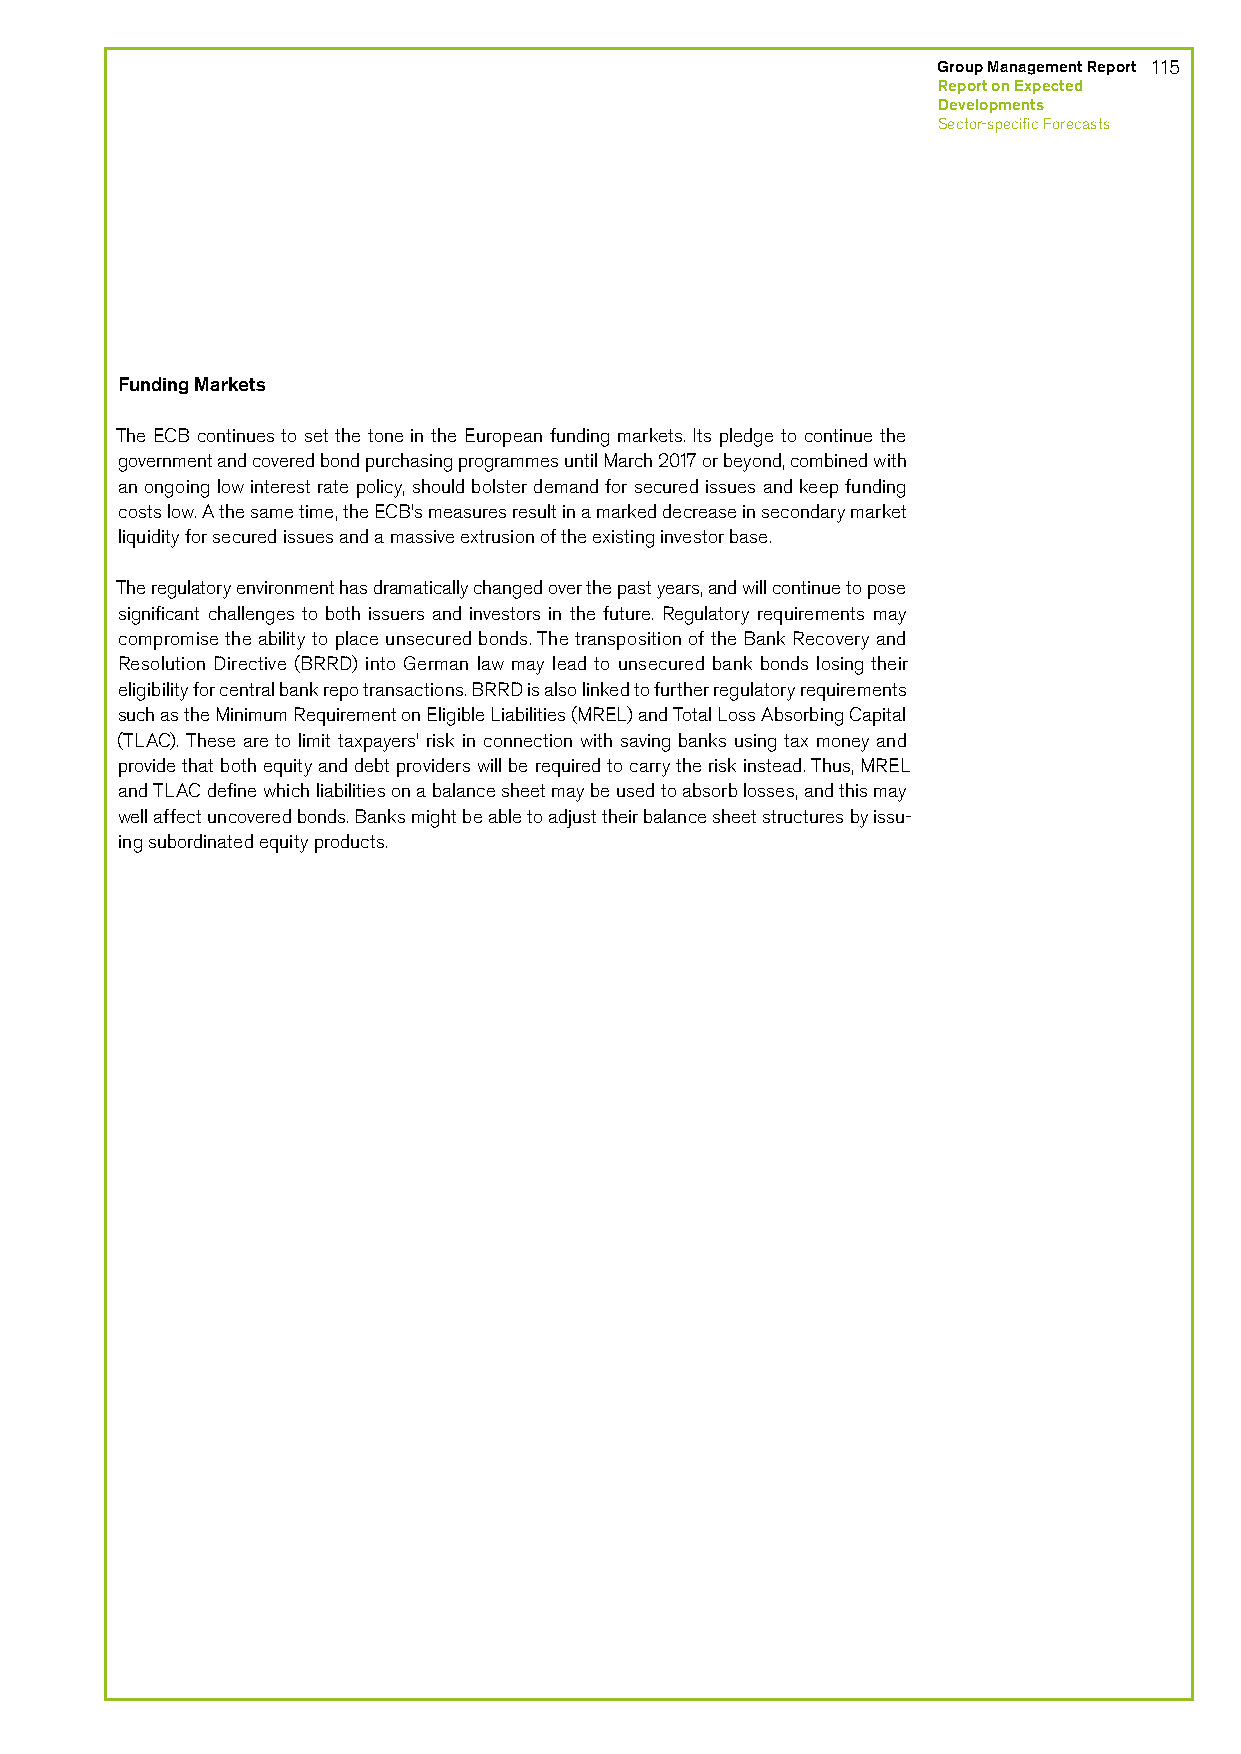
Group Management Report 115
 Report on Expected
 Developments
 Sector-specific Forecasts
 Funding Markets
 The ECB continues to set the tone in the European funding markets. Its pledge to continue the
 government and covered bond purchasing programmes until March 2017 or beyond, combined with
 an ongoing low interest rate policy, should bolster demand for secured issues and keep funding
 costs low. A the same time, the ECB’s measures result in a marked decrease in secondary market
 liquidity for secured issues and a massive extrusion of the existing investor base.
 The regulatory environment has dramatically changed over the past years, and will continue to pose
 significant challenges to both issuers and investors in the future. Regulatory requirements may
 compromise the ability to place unsecured bonds. The transposition of the Bank Recovery and
 Resolution Directive (BRRD) into German law may lead to unsecured bank bonds losing their
 eligibility for central bank repo transactions. BRRD is also linked to further regulatory requirements
 such as the Minimum Requirement on Eligible Liabilities (MREL) and Total Loss Absorbing Capital
 (TLAC). These are to limit taxpayers’ risk in connection with saving banks using tax money and
 provide that both equity and debt providers will be required to carry the risk instead. Thus, MREL
 and TLAC define which liabilities on a balance sheet may be used to absorb losses, and this may
 well affect uncovered bonds. Banks might be able to adjust their balance sheet structures by issu-
 ing subordinated equity products.